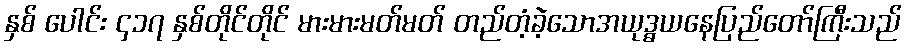
နှစ် ပေါင်း ၄၁၇ နှစ်တိုင်တိုင် မားမားမတ်မတ် တည်တံ့ခဲ့သောအယုဒ္ဓယနေပြည်တော်ကြီးသည်